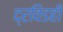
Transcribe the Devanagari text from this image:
द्रविडही